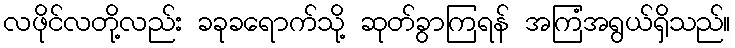
လဖိုင်လတို့လည်း ခခုခရောက်သို့ ဆုတ်ခွာကြရန် အကြံအရွယ်ရှိသည်။